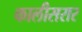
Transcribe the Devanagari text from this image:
कालीसरार